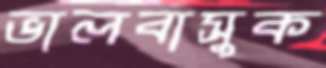
ভালবাসুক